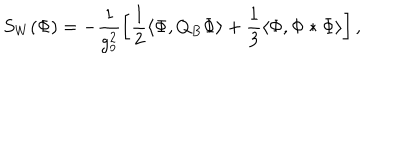
S _ { W } ( \Phi ) = - \frac { 1 } { g _ { o } ^ { 2 } } \left[ \frac { 1 } { 2 } \langle \Phi , Q _ { B } \Phi \rangle + \frac { 1 } { 3 } \langle \Phi , \Phi * \Phi \rangle \right] ,